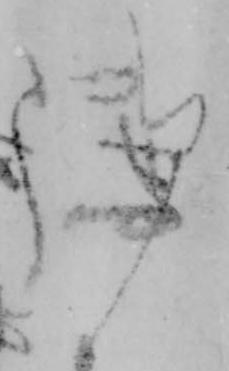
御